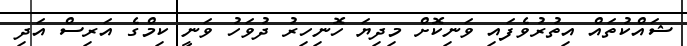
ޝައްކުތައް އިތުރުވެފައި ވަނިކޮށް މިދިޔަ ހޮނިހިރު ދުވަހު ވަނީ ކިމްގެ އަރިސް އަދި